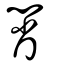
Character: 黹